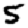
Digit: 5